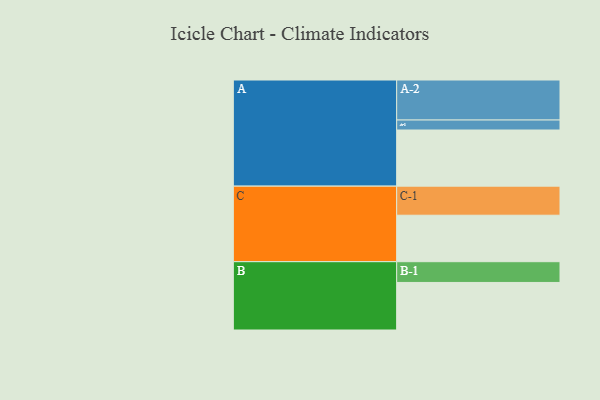
{"axis": {"x": "Segment", "y": "Value"}, "legend": ["", "A", "B", "C"], "data": [{"x": "A", "y": 365, "type": ""}, {"x": "B", "y": 309, "type": ""}, {"x": "C", "y": 302, "type": ""}, {"x": "A-1", "y": 65, "type": "A"}, {"x": "A-2", "y": 260, "type": "A"}, {"x": "B-1", "y": 135, "type": "B"}, {"x": "C-1", "y": 189, "type": "C"}]}